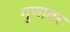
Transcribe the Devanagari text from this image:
गुणावर